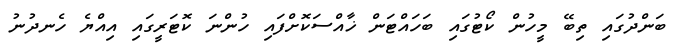
ބަންދުގައި ތިބޭ މީހުން ކޯޓުގައި ބަހައްޓަން ޚާއްސަކޮށްފައި ހުންނަ ކޮޓަރީގައި އިއްޔެ ހެނދުނު